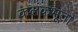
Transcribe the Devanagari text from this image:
कलंकभूता